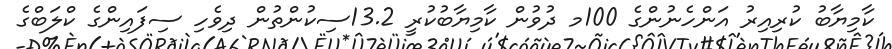
ކާމިޔާބު ކުރިއިރު އަންހެނުންގެ 100މ ދުވުން ކާމިޔާބުކުރީ 13.2ސިކުންތުން ދިވެހި ސިފައިންގެ ކްލަބްގެ